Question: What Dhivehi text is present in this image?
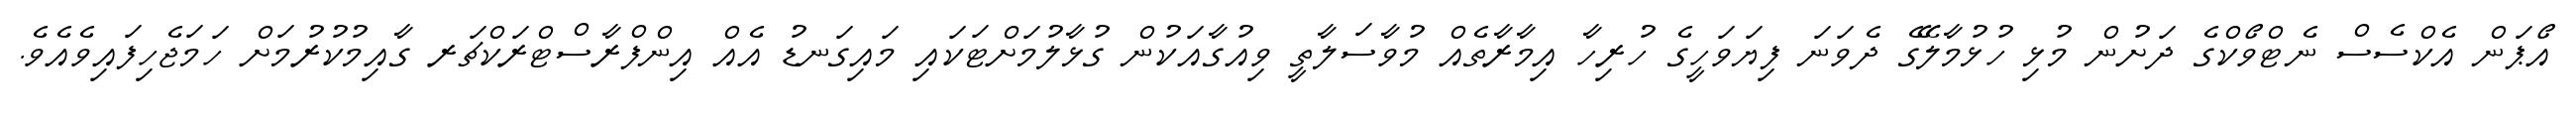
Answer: އޯޕަން އެކްސެސް ނެޓްވޯކްގެ ދަށުން މުޅި ހުޅުމާލޭގެ ދެވަނަ ފިޔަވަހީގެ ހުރިހާ އިމާރާތެއް މުވާސަލާތީ ވިއުގާއަކުން ގުޅާލުމަށްޓަކައި މައިގަނޑު އެއް އިންފްރާސްޓްރަކްޗަރ ގާއިމުކުރުމަށް ހަމަޖެހިފައިވެއެވެ.